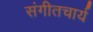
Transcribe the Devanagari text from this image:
संगीतचार्य